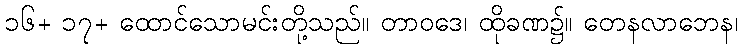
၁၆+ ၁၇+ ထောင်သောမင်းတို့သည်။ တာဝဒေ၊ ထိုခဏ၌။ တေနလာဘေန၊